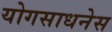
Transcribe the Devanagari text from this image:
योगसाधनेस